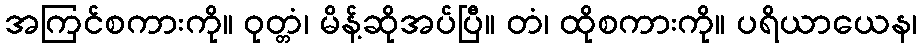
အကြင်စကားကို။ ဝုတ္တံ၊ မိန့်ဆိုအပ်ပြီ။ တံ၊ ထိုစကားကို။ ပရိယာယေန၊